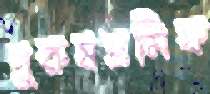
পুরুষশ্রমিক